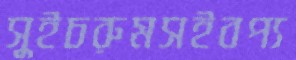
সুইচরুমসইবপ্য